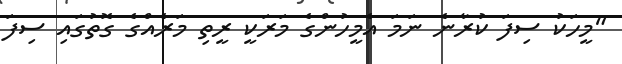
"މީހަކު ސިފަ ކުރާނެ ނަމަ އެމީހުންގެ މަރަކީ ރީތި މަރެއްގެ ގޮތުގައި ސިފަ